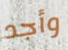
وأجد